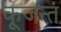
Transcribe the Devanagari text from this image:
कूजन्तं